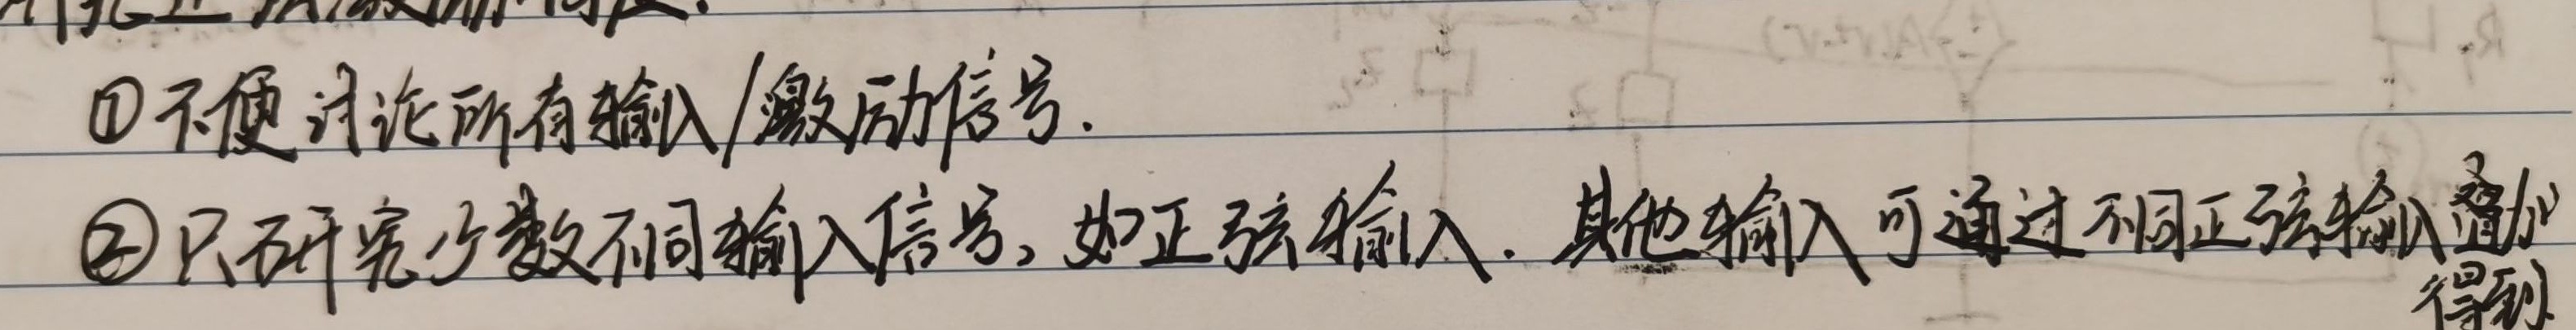
\textcircled{1} 不便讨论所有输入/激励信号.
\textcircled{2} 只研究少数不同输入信号, 如正弦输入. 其他输入可通过不同正弦输入叠加得到.